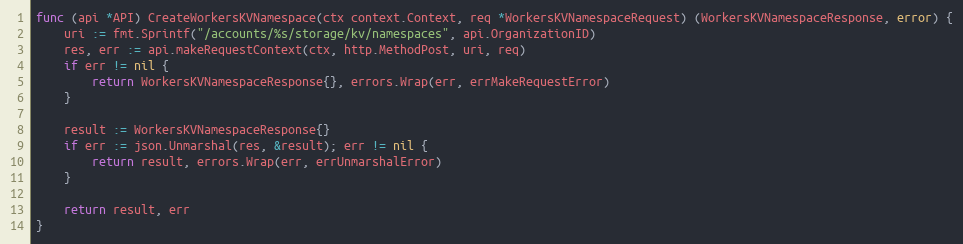
Language: Go
func (api *API) CreateWorkersKVNamespace(ctx context.Context, req *WorkersKVNamespaceRequest) (WorkersKVNamespaceResponse, error) {
	uri := fmt.Sprintf("/accounts/%s/storage/kv/namespaces", api.OrganizationID)
	res, err := api.makeRequestContext(ctx, http.MethodPost, uri, req)
	if err != nil {
		return WorkersKVNamespaceResponse{}, errors.Wrap(err, errMakeRequestError)
	}

	result := WorkersKVNamespaceResponse{}
	if err := json.Unmarshal(res, &result); err != nil {
		return result, errors.Wrap(err, errUnmarshalError)
	}

	return result, err
}